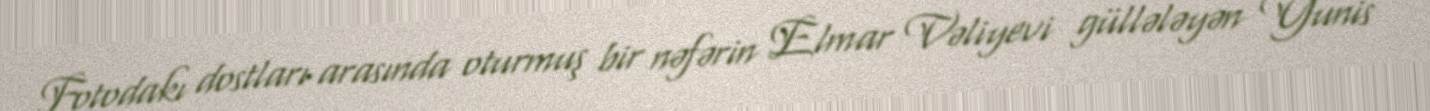
Fotodakı dostları arasında oturmuş bir nəfərin Elmar Vəliyevi güllələyən Yunis